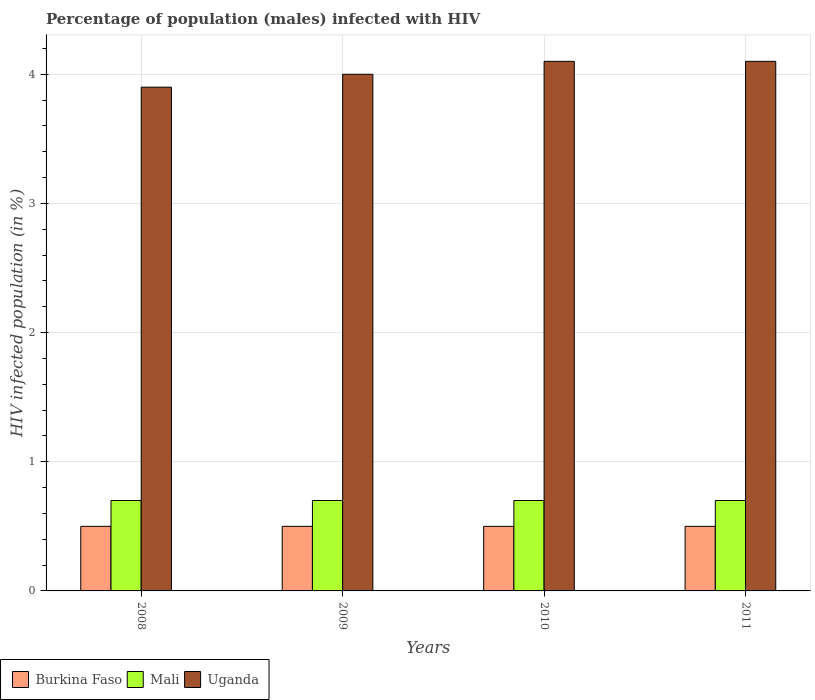
| Years | Burkina Faso | Mali | Uganda |
 | --- | --- | --- | --- |
 | 2008 | 0.5 | 0.7 | 3.9 |
 | 2009 | 0.5 | 0.7 | 4 |
 | 2010 | 0.5 | 0.7 | 4.1 |
 | 2011 | 0.5 | 0.7 | 4.1 |